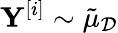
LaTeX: \mathbf{Y}^{[i]}\sim\tilde{\mu}_{\mathcal{D}}